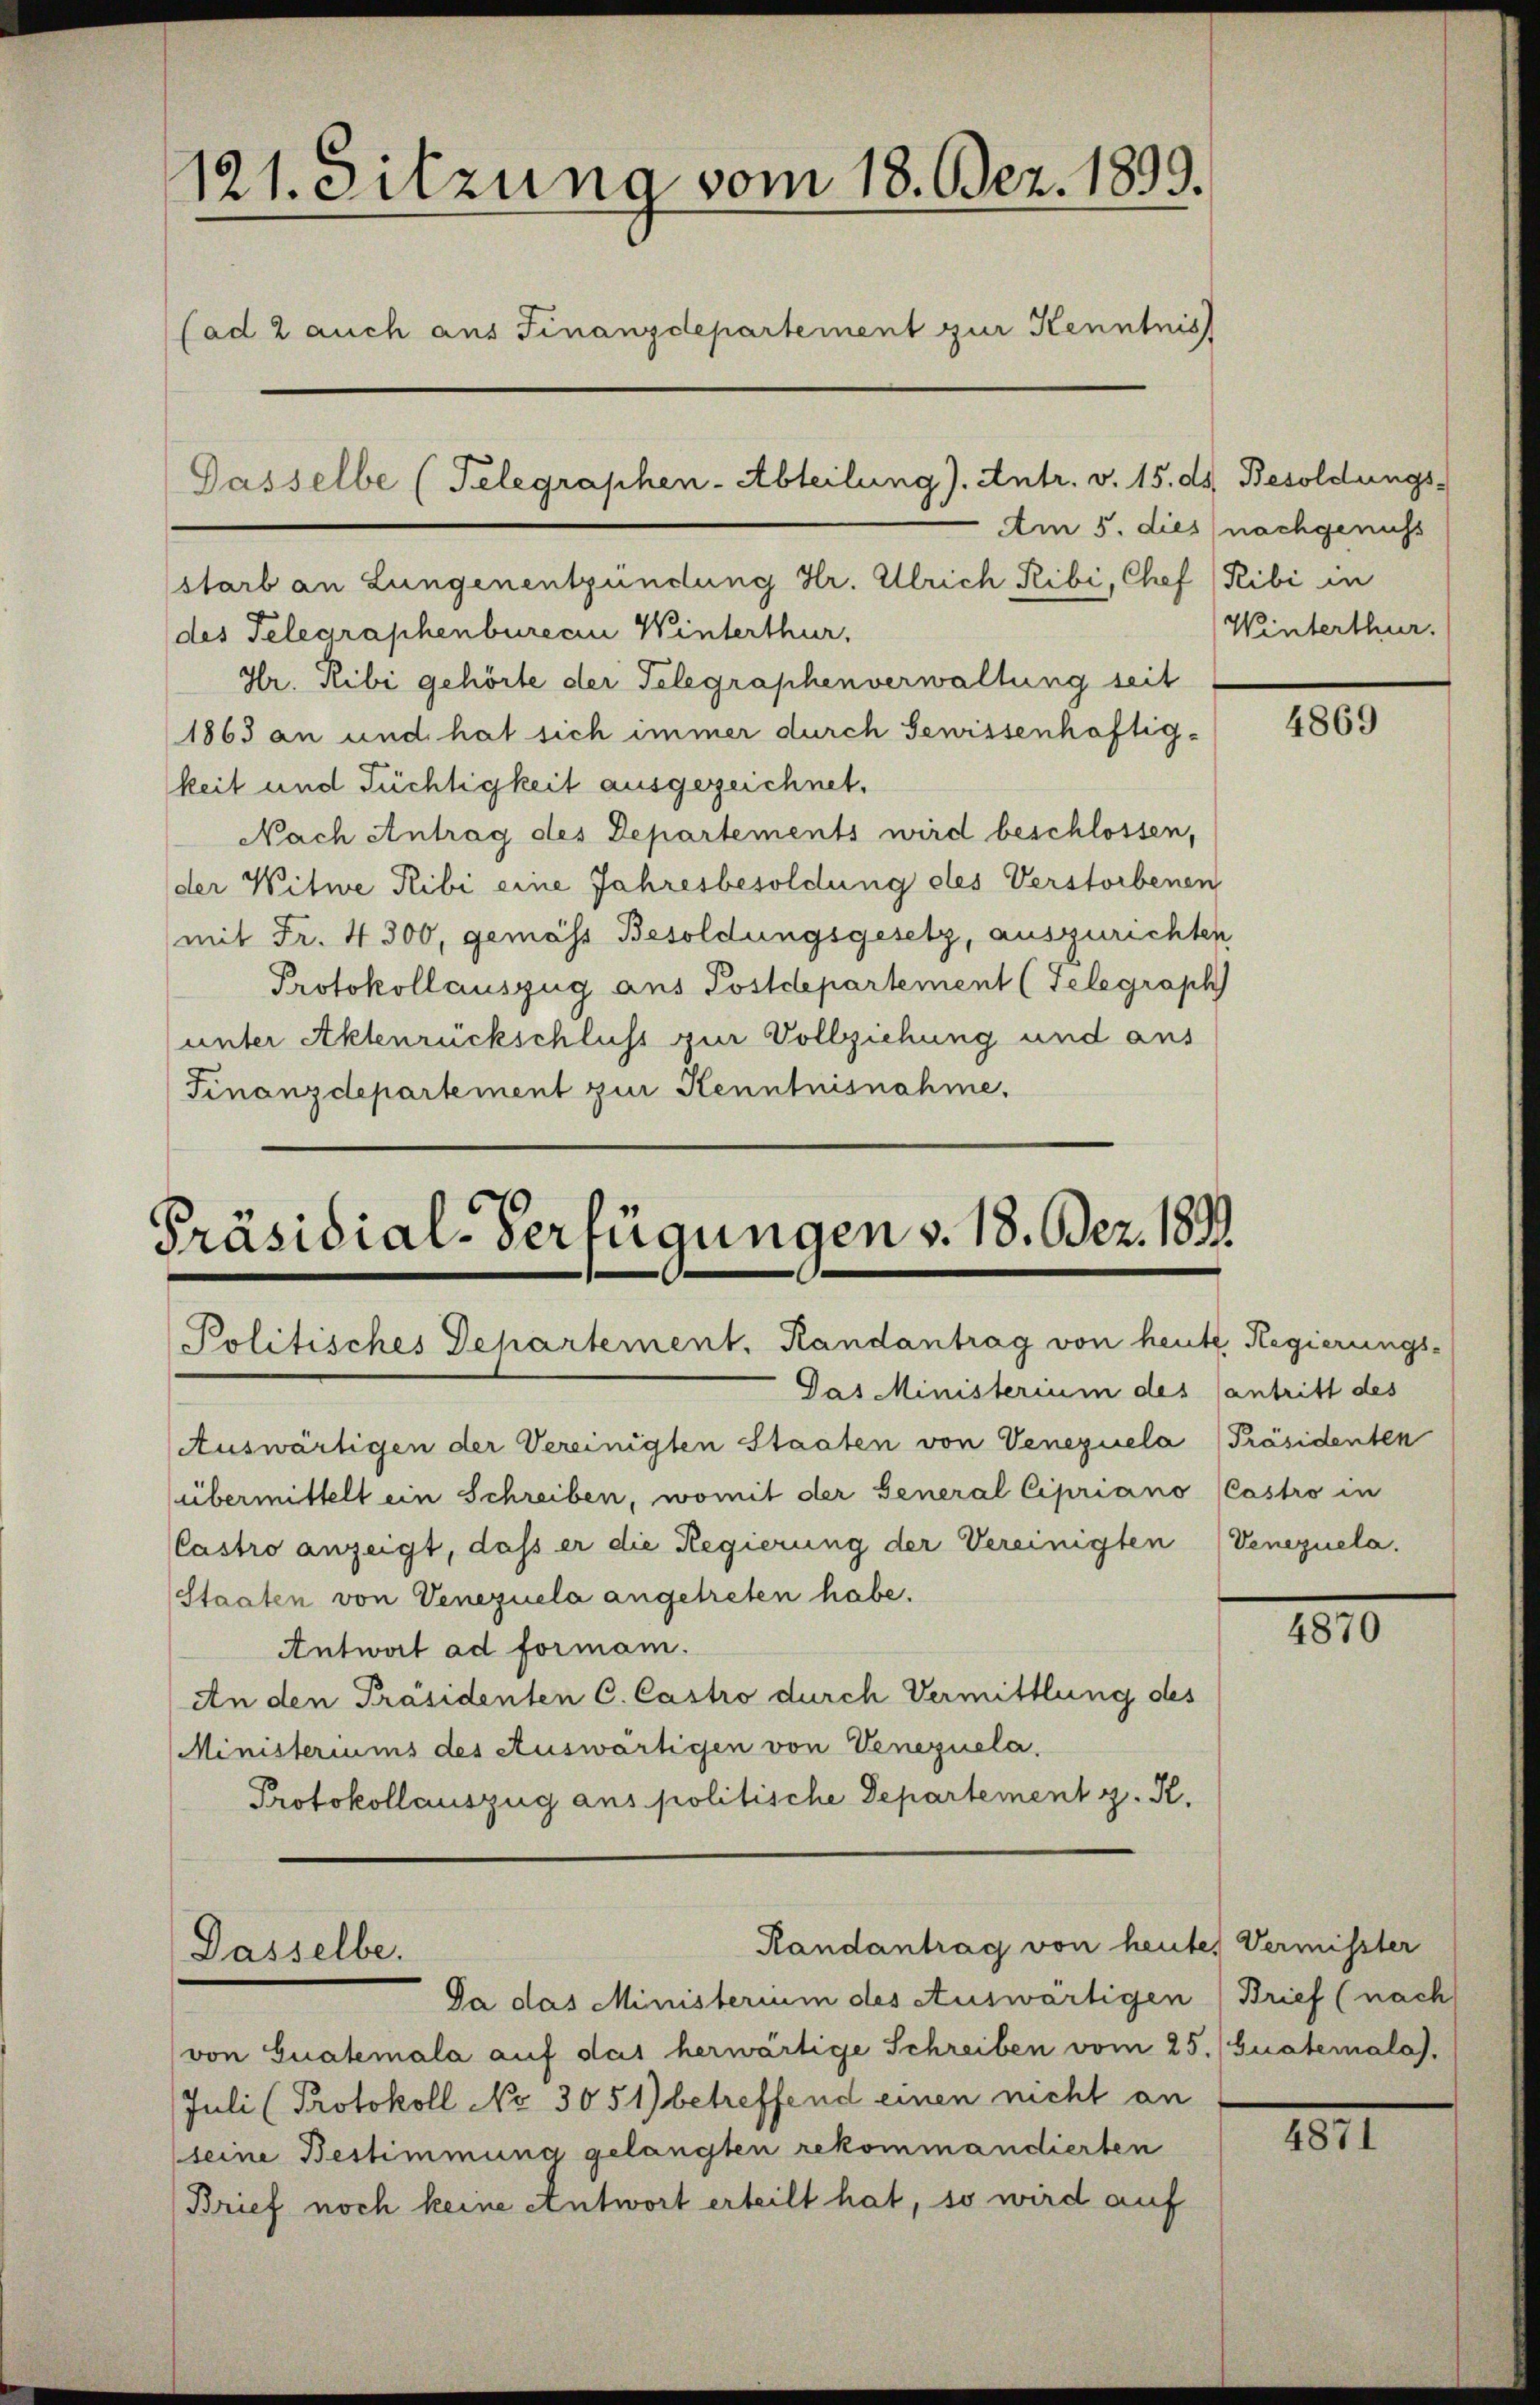
121. Sitzung vom 18. Bez. 1899.
(ad 2 auch aus Finanzdepartement zur Kenntnis
Gasselbe (Telegraphen-Abteilung). Antr. v. 15. ds. Besoldungs-

starb an Lungenentzündung Hr. Ulrich, Ribi, Chef (Ribi in
des Telegraphenburecin Winterthur,
Hr. Ribi gehörte der Telegraphenverwaltung seit
1863 an und hat sich immer durch Gewissenhaftigkeit und Tüchtigkeit ausgezeichnet.
Nach Antrag des Departements wird beschlossen,
der Witwe Ribi eine Jahresbesoldung des Verstorbenen
mit Fr. 4300, gemäss Besoldungsgesetz, auszurichten
Protokollauszug aus Postdepartement (Telegraph
unter Aktenrückschluss zur Vollziehung und aus
Finanzdepartement zur Kenntnisnahme.

Präsidial-Verfügungen v. 18. Dez. 189
Politisches Gehartement. Randantrag von heute Regierungs-

Gas Ministerium des antritt des
Auswärtigen der Vereinigten Staaten von Venezuela [Präsidenten
übermittelt ein Schreiben, womit der General Cipriano (Castro in
Castro anzeigt, daß er die Regierung der Vereinigten Venezuela
Staaten von Venezuela angetreten habe.
Antwort ad forman.
An den Präsidenten C. Castro durch Vermittlung des
Ministeriums des Auswärtigen von Venezuela
Protokollauszug aus politische Departement z. R.

Dasselbe.

Randantrag von heute, Vermisster

Da das Ministerium des Auswärtigen Brief (nach
von Gualemala auf das herwärtige Schreiben vom 25./Guatemala).
Juli (Protokoll No 3051) betreffend einen nicht an
seine Bestimmung gelangten rekommandierten
Brief noch keine Antwort erteilt hat, so wird auf

Am 5. dies nachgenuss
Winterthur.

4869

4870

4871